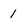
Character: 1